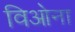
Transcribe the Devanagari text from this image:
विओना